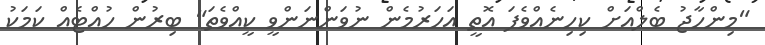
"މިންހާޖު ބެލްއަށް ކިހިނެއްވެފަ އޮތީ އަހަރުމެން ނުވަންނަންވީ ކީއްވެތަ" ބިރުން ހުއްޓެއް ކަމަކު